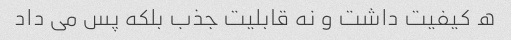
ه کیفیت داشت و نه قابلیت جذب بلکه پس می داد